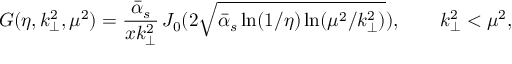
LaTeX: { \cal G } ( \eta , k _ { \perp } ^ { 2 } , \mu ^ { 2 } ) = \frac { \bar { \alpha } _ { s } } { x k _ { \perp } ^ { 2 } } \, J _ { 0 } ( 2 \sqrt { \bar { \alpha } _ { s } \ln ( 1 / \eta ) \ln ( \mu ^ { 2 } / k _ { \perp } ^ { 2 } ) } ) , \qquad k _ { \perp } ^ { 2 } < \mu ^ { 2 } ,